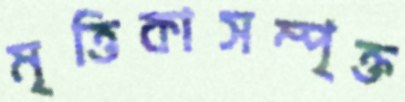
মৃত্তিকাসম্পৃক্ত